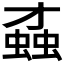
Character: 𧎆